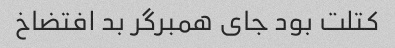
کتلت بود جای همبرگر بد افتضاخ